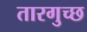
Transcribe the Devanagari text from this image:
तारगुच्छ